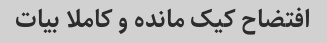
افتضاح کیک مانده و کاملا بیات